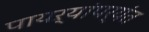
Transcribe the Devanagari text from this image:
पायऱ्यांपर्यंत